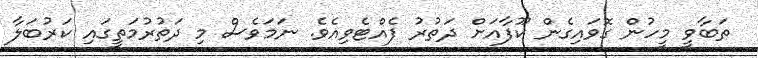
ތަބާވީ މީހުން ގޮވައިގެން ކޫފާއަށް ދަތުރު ފެއްޓެވިއެވެ. ނަމަވެސް މި ދަތުރުމަތީގައި ކަރުބަލާ